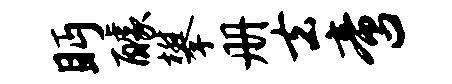
眄醵攀册去啻